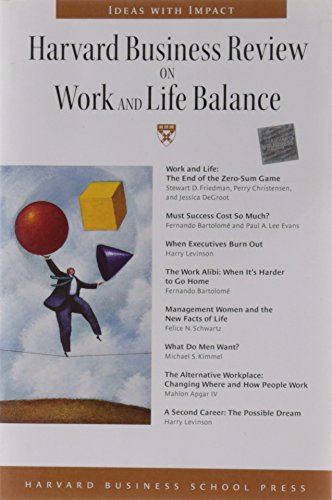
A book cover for Harvard Business Review on Work and Life Balance (Harvard Business Review Paperback Series); Harvard Business Review; Business & Money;